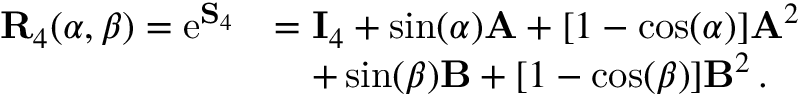
\begin{array} { r l } { \mathbf { R } _ { 4 } ( \alpha , \beta ) = \mathrm { e } ^ { \mathbf { S } _ { 4 } } } & { = \mathbf { I } _ { 4 } + \sin ( \alpha ) \mathbf { A } + [ 1 - \cos ( \alpha ) ] \mathbf { A } ^ { 2 } } \\ & { \mathrel { \phantom { = } } + \sin ( \beta ) \mathbf { B } + [ 1 - \cos ( \beta ) ] \mathbf { B } ^ { 2 } \, . } \end{array}